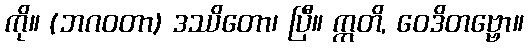
ကို။ (ဘဂဝတာ) ဒဿိတော၊ ပြီ။ ဣတိ, ဝေဒိတဗ္ဗော။